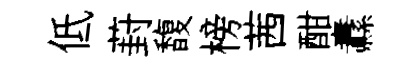
低葑馥榜茜酣纛